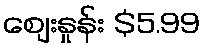
စျေးနှုန်း $5.99